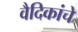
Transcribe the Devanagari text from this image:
वैदिकांचे